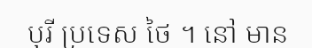
បុរី ប្រទេស ថៃ ។ នៅ មាន